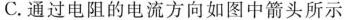
C.通过电阻的电流方向如图中箭头所示